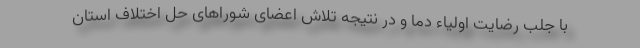
با جلب رضایت اولیاء دما و در نتیجه تلاش اعضای شوراهای حل اختلاف استان